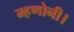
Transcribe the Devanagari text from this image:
म्हणोनी।